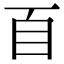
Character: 𦣻